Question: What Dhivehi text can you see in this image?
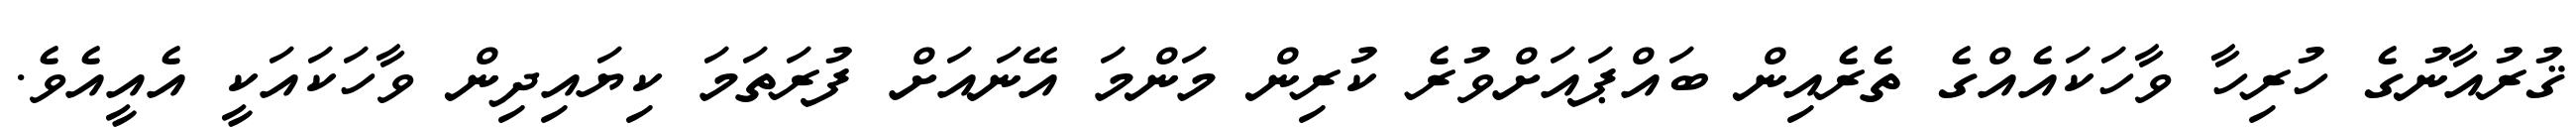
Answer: ޤުރުއާނުގެ ހުރިހާ ވާހަކައެއްގެ ތެރެއިން ބައްޕައަށްވުރެ ކުރިން މަންމަ އޭނައަށް ފުރަތަމަ ކިޔައިދިން ވާހަކައަކީ އެއީއެވެ.